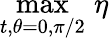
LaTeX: \operatorname*{max}_{t,\theta=0,\pi/2}\, \eta